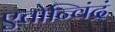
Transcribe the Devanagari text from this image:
एतोन्विंद्रं